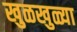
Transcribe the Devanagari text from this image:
खुळखुळ्या